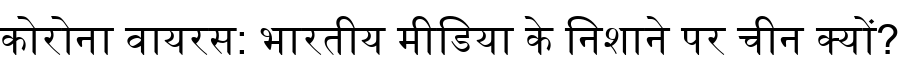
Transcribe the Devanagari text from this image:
कोरोना वायरस: भारतीय मीडिया के निशाने पर चीन क्यों?